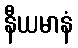
နီယမာနံ